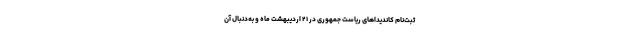
ثبت‌نام کاندیداهای ریاست‌ جمهوری در ۲۱ اردیبهشت ‌ماه و به‌دنبال آن